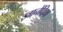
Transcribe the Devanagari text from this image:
ज्ञानेंद्रियां